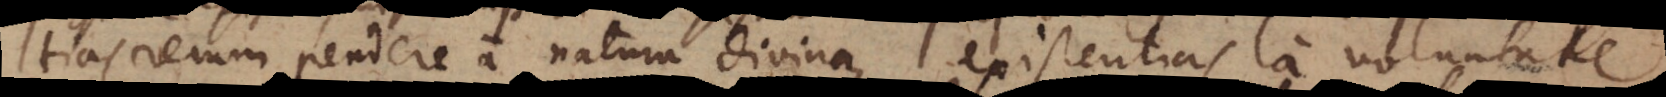
tias rerum pendere a natura divina, existentias a voluntate